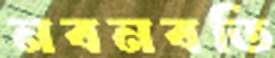
নবনবতি